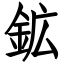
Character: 鉱